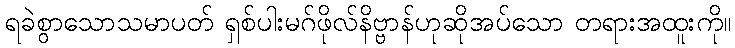
ရခဲစွာသောသမာပတ် ရှစ်ပါးမဂ်ဖိုလ်နိဗ္ဗာန်ဟုဆိုအပ်သော တရားအထူးကို။